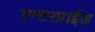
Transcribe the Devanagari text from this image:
एन्टरप्राईज़